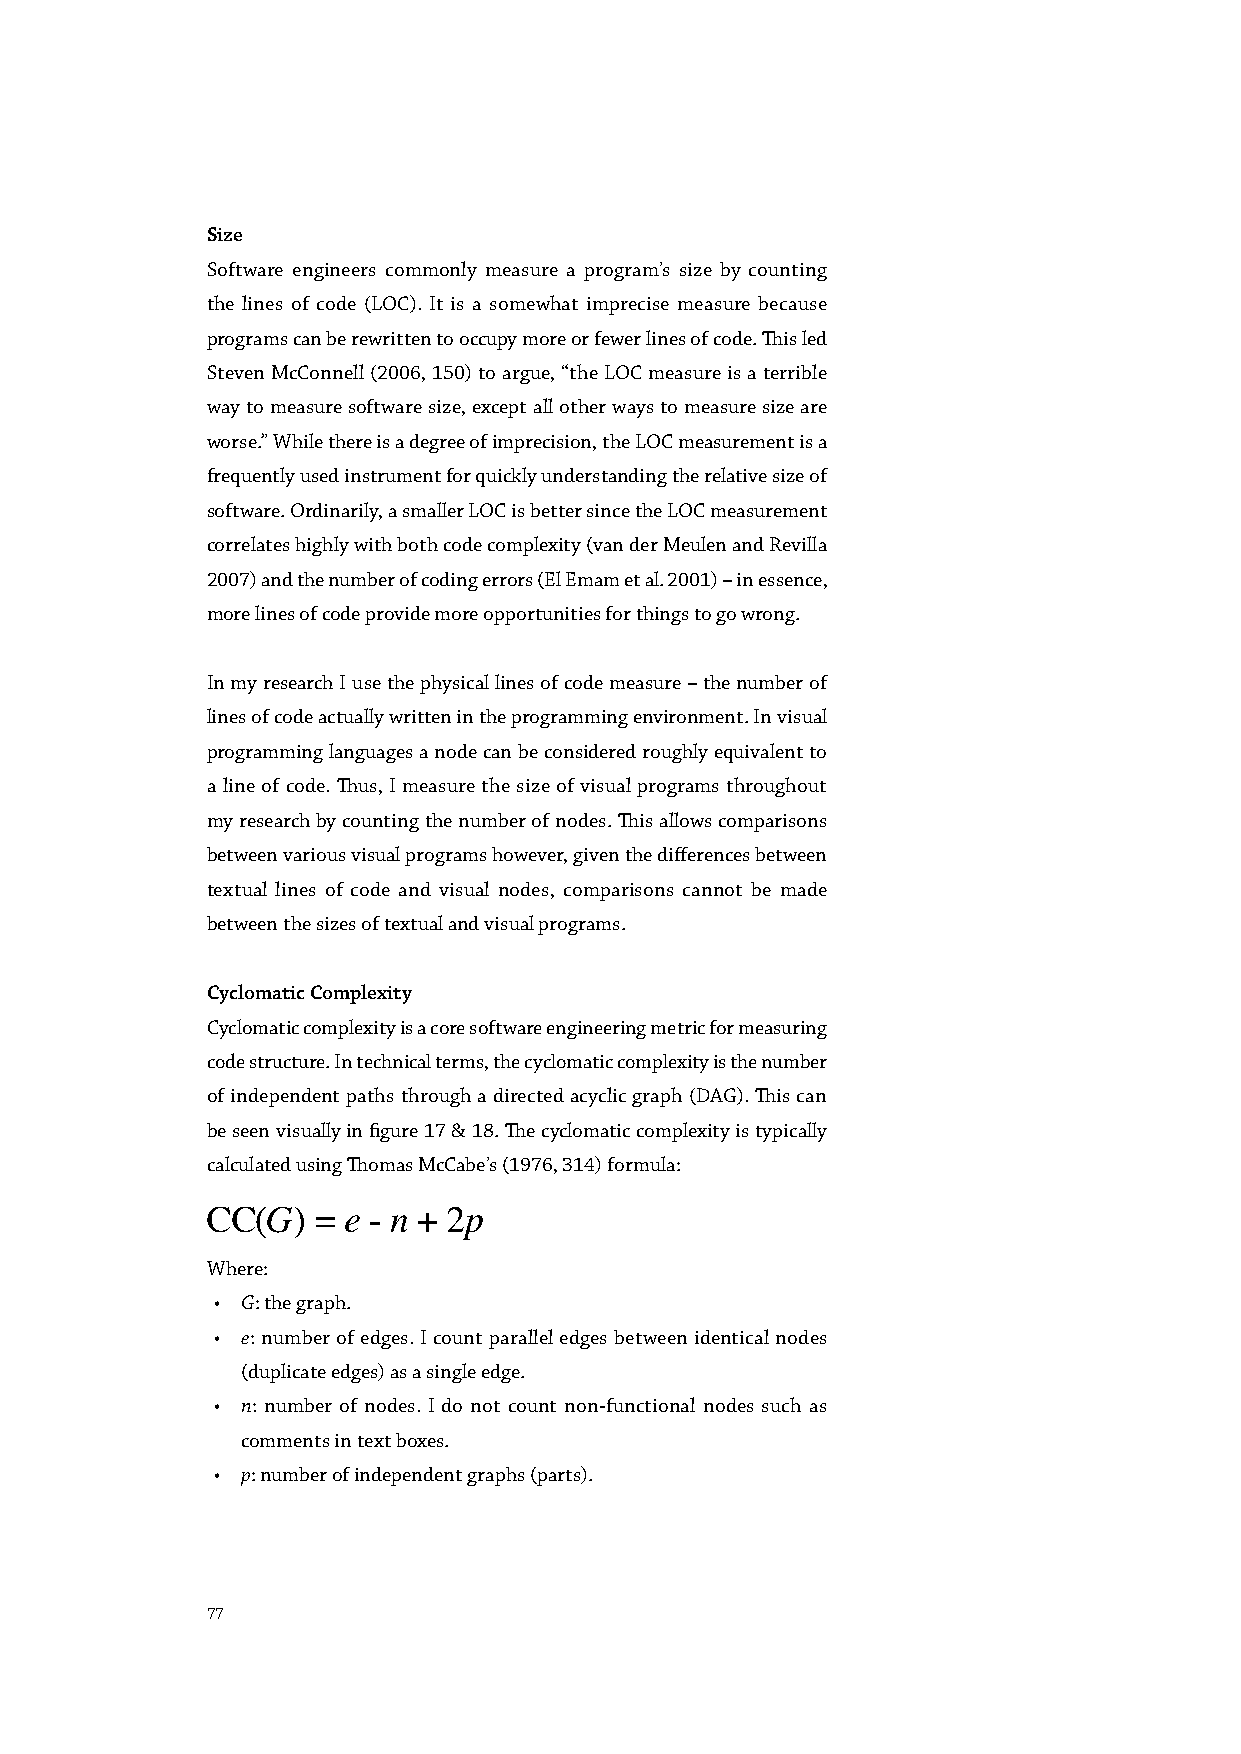
Size
 Software engineers commonly measure a program’s size by counting
 the lines of code (LOC). It is a somewhat imprecise measure because
 programs can be rewritten to occupy more or fewer lines of code. This led
 Steven McConnell (2006, 150) to argue, “the LOC measure is a terrible
 way to measure software size, except all other ways to measure size are
 worse.” While there is a degree of imprecision, the LOC measurement is a
 frequently used instrument for quickly understanding the relative size of
 software. Ordinarily, a smaller LOC is better since the LOC measurement
 correlates highly with both code complexity (van der Meulen and Revilla
 2007) and the number of coding errors (El Emam et al. 2001) – in essence,
 more lines of code provide more opportunities for things to go wrong.
 In my research I use the physical lines of code measure – the number of
 lines of code actually written in the programming environment. In visual
 programming languages a node can be considered roughly equivalent to
 a line of code. Thus, I measure the size of visual programs throughout
 my research by counting the number of nodes. This allows comparisons
 between various visual programs however, given the differences between
 textual lines of code and visual nodes, comparisons cannot be made
 between the sizes of textual and visual programs.
 Cyclomatic Complexity
 Cyclomatic complexity is a core software engineering metric for measuring
 code structure. In technical terms, the cyclomatic complexity is the number
 of independent paths through a directed acyclic graph (DAG). This can
 be seen visually in figure 17 & 18. The cyclomatic complexity is typically
 calculated using Thomas McCabe’s (1976, 314) formula:
 Where:
 • G: the graph.
 • e: number of edges. I count parallel edges between identical nodes
 (duplicate edges) as a single edge.
 • n: number of nodes. I do not count non-functional nodes such as
 comments in text boxes.
 • p: number of independent graphs (parts).
 77